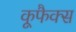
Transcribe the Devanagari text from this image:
कूफैक्स